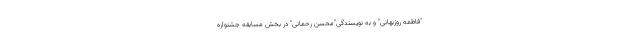
"فاطمه روزبهانی" و به نویسندگی"محسن رحمانی" در بخش مسابقه جشنواره